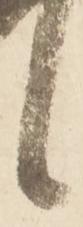
候